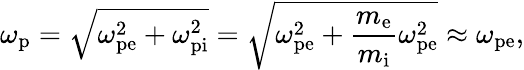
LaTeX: \omega_{\mathrm{p}}=\sqrt{\omega_{\mathrm{pe}}^{2}+\omega_{\mathrm{pi}}^{2}}=\sqrt{\omega_{\mathrm{pe}}^{2}+\frac{m_{\mathrm{e}}}{m_{\mathrm{i}}}\omega_{\mathrm{pe}}^{2}}\approx\omega_{\mathrm{pe}},